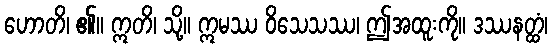
ဟောတိ၊ ၏။ ဣတိ၊ သို့။ ဣမဿ ဝိသေသဿ၊ ဤအထူးကို။ ဒဿနတ္ထံ၊